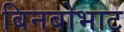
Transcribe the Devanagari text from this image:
बिनबोभाट